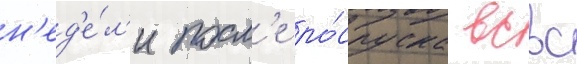
н'ед'е́л'и посл'е ро́спуска всвс